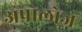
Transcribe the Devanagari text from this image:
अपोलोज